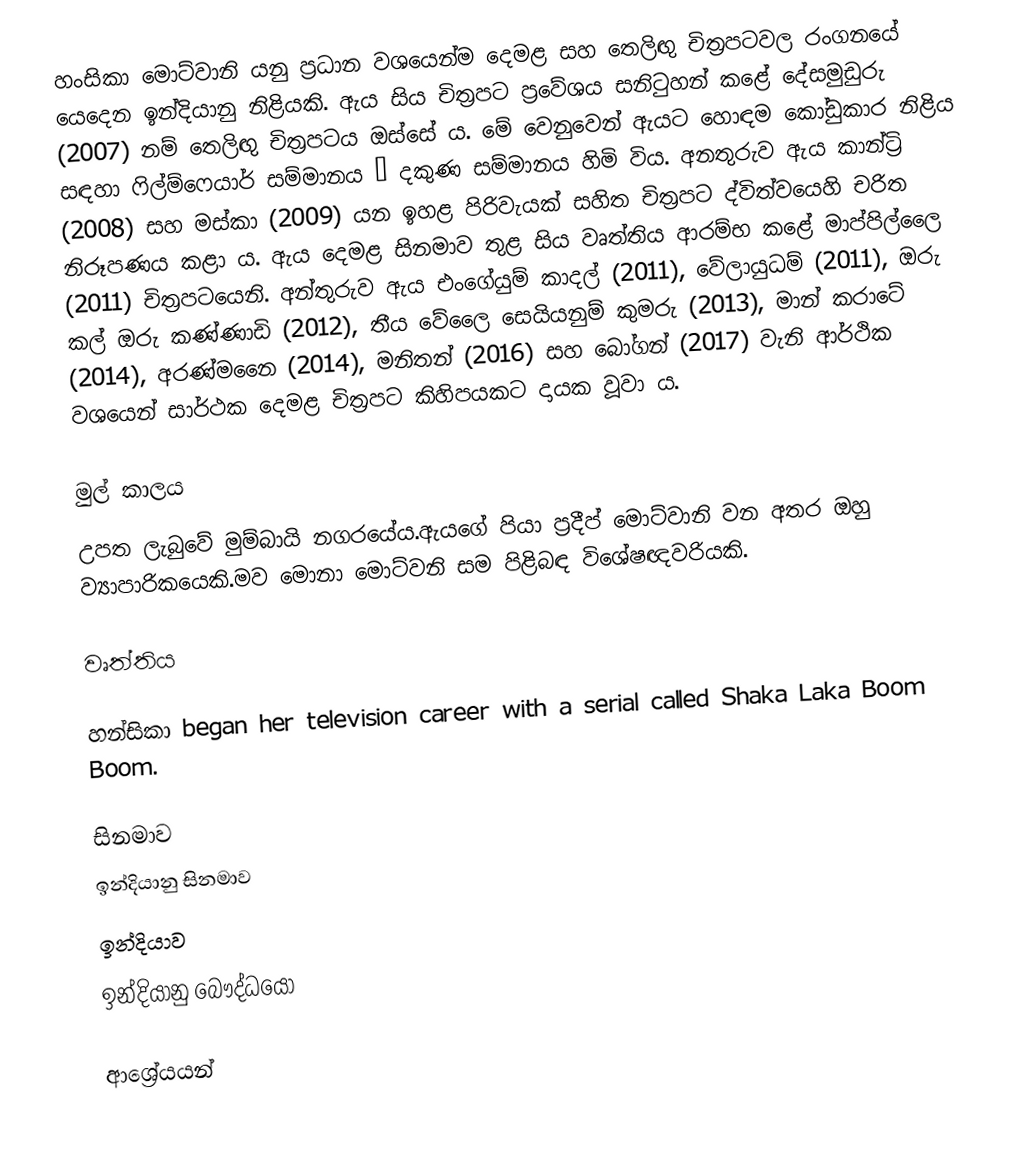
හංසිකා මොට්වානි යනු ප්‍රධාන වශයෙන්ම දෙමළ සහ තෙලිඟු චිත්‍රපටවල රංගනයේ යෙදෙන ඉන්දියානු නිළියකි. ඇය සිය චිත්‍රපට ප්‍රවේශය සනිටුහන් කළේ දේසමුඩුරු (2007) නම් තෙලිඟු චිත්‍රපටය ඔස්සේ ය. මේ වෙනුවෙන් ඇයට හොඳම කෝඩුකාර නිළිය සඳහා ෆිල්ම්ෆෙයාර් සම්මානය – දකුණ සම්මානය හිමි විය. අනතුරුව ඇය කාන්ට්‍රි (2008) සහ මස්කා (2009) යන ඉහළ පිරිවැයක් සහිත චිත්‍රපට ද්විත්වයෙහි චරිත නිරූපණය කළා ය. ඇය දෙමළ සිනමාව තුළ සිය වෘත්තිය ආරම්භ කළේ මාප්පිල්ලෛ (2011) චිත්‍රපටයෙනි. අන්තුරුව ඇය එංගේයුම් කාදල් (2011), වේලායුධම් (2011), ඔරු කල් ඔරු කණ්ණාඩි (2012), තීය වේලෛ සෙයියනුම් කුමරු (2013), මාන් කරාටේ (2014), අරණ්මනෛ (2014), මනිතන් (2016) සහ බෝගන් (2017) වැනි ආර්ථික වශයෙන් සාර්ථක දෙමළ චිත්‍රපට කිහිපයකට දායක වූවා ය.

මුල් කාලය
උපත ලැබුවේ මුම්බායි නගරයේය.ඇයගේ පියා ප්‍රදීප් මොට්වානි වන අතර ඔහු ව්‍යාපාරිකයෙකි.මව මොනා මොට්වනි සම පිළිබඳ විශේෂඥවරියකි.

වෘත්තිය

හන්සිකා began her television career with a serial called Shaka Laka Boom Boom.

සිනමාව
ඉන්දියානු සිනමාව
ඉන්දියාව
ඉන්දියානු බෞද්ධයෝ

ආශ්‍රේයයන්